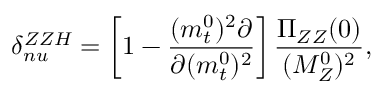
\delta _ { n u } ^ { Z Z H } = \left[ 1 - { \frac { ( m _ { t } ^ { 0 } ) ^ { 2 } \partial } { \partial ( m _ { t } ^ { 0 } ) ^ { 2 } } } \right] { \frac { \Pi _ { Z Z } ( 0 ) } { ( M _ { Z } ^ { 0 } ) ^ { 2 } } } ,